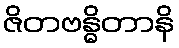
ဇိတဗန္ဓိတာနိ